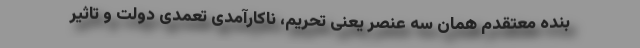
بنده معتقدم همان سه عنصر یعنی تحریم، ناکارآمدی تعمدی دولت و تاثیر